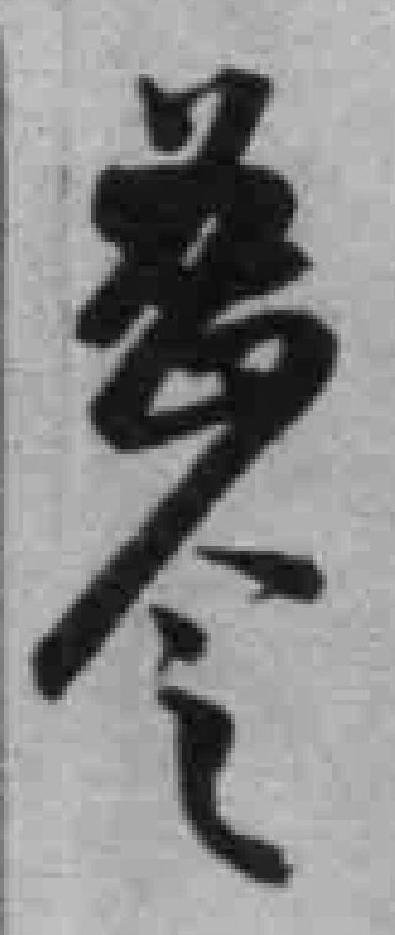
*令